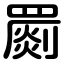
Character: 罽